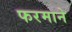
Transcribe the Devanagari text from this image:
फरमाने